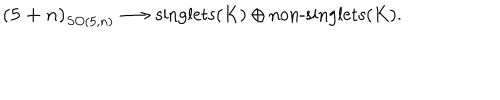
LaTeX: \mathbf { ( 5 + n ) } _ { S O ( 5 , n ) } \longrightarrow \textrm { s i n g l e t s } ( K ) \oplus \textrm { n o n - s i n g l e t s } ( K ) .